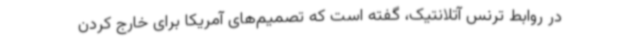
در روابط ترنس آتلانتیک، گفته است که تصمیم‌های آمریکا برای خارج کردن